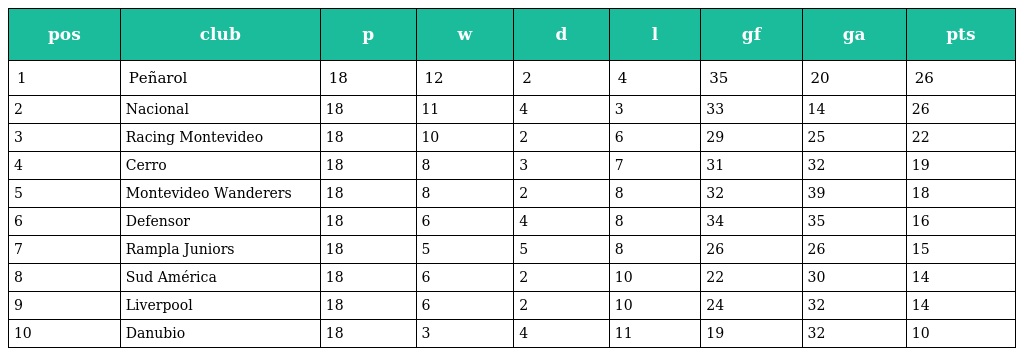
| pos | club | p | w | d | l | gf | ga | pts |
 | --- | --- | --- | --- | --- | --- | --- | --- | --- |
 | 1 | Peñarol | 18 | 12 | 2 | 4 | 35 | 20 | 26 |
 | 2 | Nacional | 18 | 11 | 4 | 3 | 33 | 14 | 26 |
 | 3 | Racing Montevideo | 18 | 10 | 2 | 6 | 29 | 25 | 22 |
 | 4 | Cerro | 18 | 8 | 3 | 7 | 31 | 32 | 19 |
 | 5 | Montevideo Wanderers | 18 | 8 | 2 | 8 | 32 | 39 | 18 |
 | 6 | Defensor | 18 | 6 | 4 | 8 | 34 | 35 | 16 |
 | 7 | Rampla Juniors | 18 | 5 | 5 | 8 | 26 | 26 | 15 |
 | 8 | Sud América | 18 | 6 | 2 | 10 | 22 | 30 | 14 |
 | 9 | Liverpool | 18 | 6 | 2 | 10 | 24 | 32 | 14 |
 | 10 | Danubio | 18 | 3 | 4 | 11 | 19 | 32 | 10 |